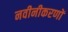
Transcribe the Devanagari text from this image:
नवीनीकरणों